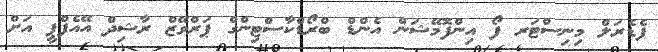
ފެޑެރަލް މިނިސްޓަރ ފޯ އިންފޮމޭޝަން އެންޑް ބްރޯޑްކާސްޓިންގް ޕަރްވޭޒް ރާޝިދް އޭއެފްޕީ އަށް